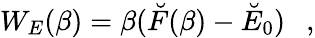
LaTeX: W_{E}(\beta)=\beta(\breve{F}(\beta)-\breve{E}_{0})~~~,